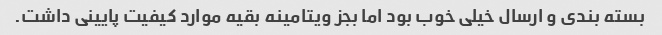
بسته بندی و ارسال خیلی خوب بود اما بجز ویتامینه بقیه موارد کیفیت پایینی داشت.